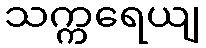
သက္ကရေယျ